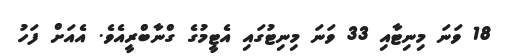
18 ވަނަ މިނިޓާއި 33 ވަނަ މިނިޓުގައި އެޓީމުގެ ގްނާބްރީއެވެ. އެއަށް ފަހު